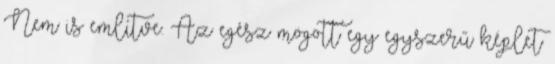
Nem is említve. Az egész mögött egy egyszerű képlet